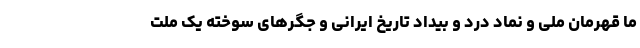
ما قهرمان ملی و نماد درد و بیداد تاریخ ایرانی و جگرهای سوخته یک ملت